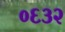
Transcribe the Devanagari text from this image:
०६३२